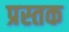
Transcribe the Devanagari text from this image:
प्रस्तक